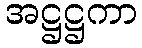
အဋ္ဌဋ္ဌကာ